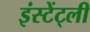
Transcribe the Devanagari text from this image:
इंस्टेंट्ली